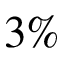
3 \%